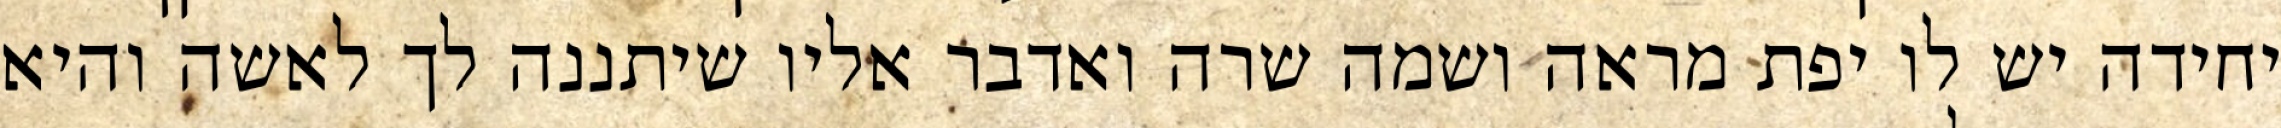
יחידה יש לו יפת מראה ושמה שרה ואדבר אליו שיתננה לך לאשה והיא